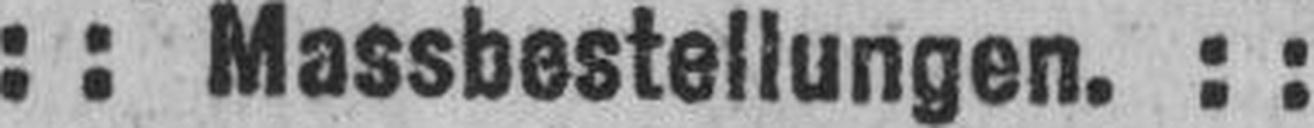
: : Massbestellungen. : :